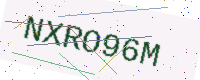
Text: NXRO96M